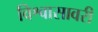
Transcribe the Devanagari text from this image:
विश्वासावरी